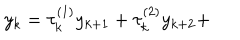
y _ { k } = \tau _ { k } ^ { ( 1 ) } y _ { k + 1 } + \tau _ { k } ^ { ( 2 ) } y _ { k + 2 } +